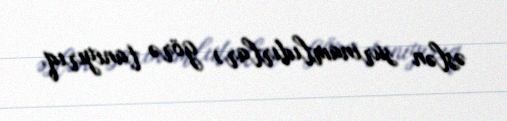
əslən surinamlıdırlar) görə tanıyırıq.